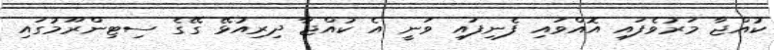
ކުއްޖާ މަރުވެފައި އޮއްވައި ފެނިފައި ވަނީ އެ ކުއްޖާ ދިރިއުޅޭ ގޭގެ ސިޓިންރޫމުގައި